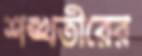
শঙ্খতীরের